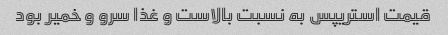
قیمت استریپس به نسبت بالاست و غذا سرو و خمیر بود